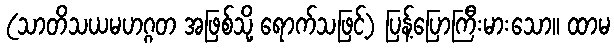
(သာတိသယမဟဂ္ဂတ အဖြစ်သို့ ရောက်သဖြင့်) ပြန့်ပြောကြီးမားသော။ ထာမ